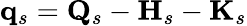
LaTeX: \mathbf{q}_{s}=\mathbf{Q}_{s}-\mathbf{H}_{s}-\mathbf{K}_{s}